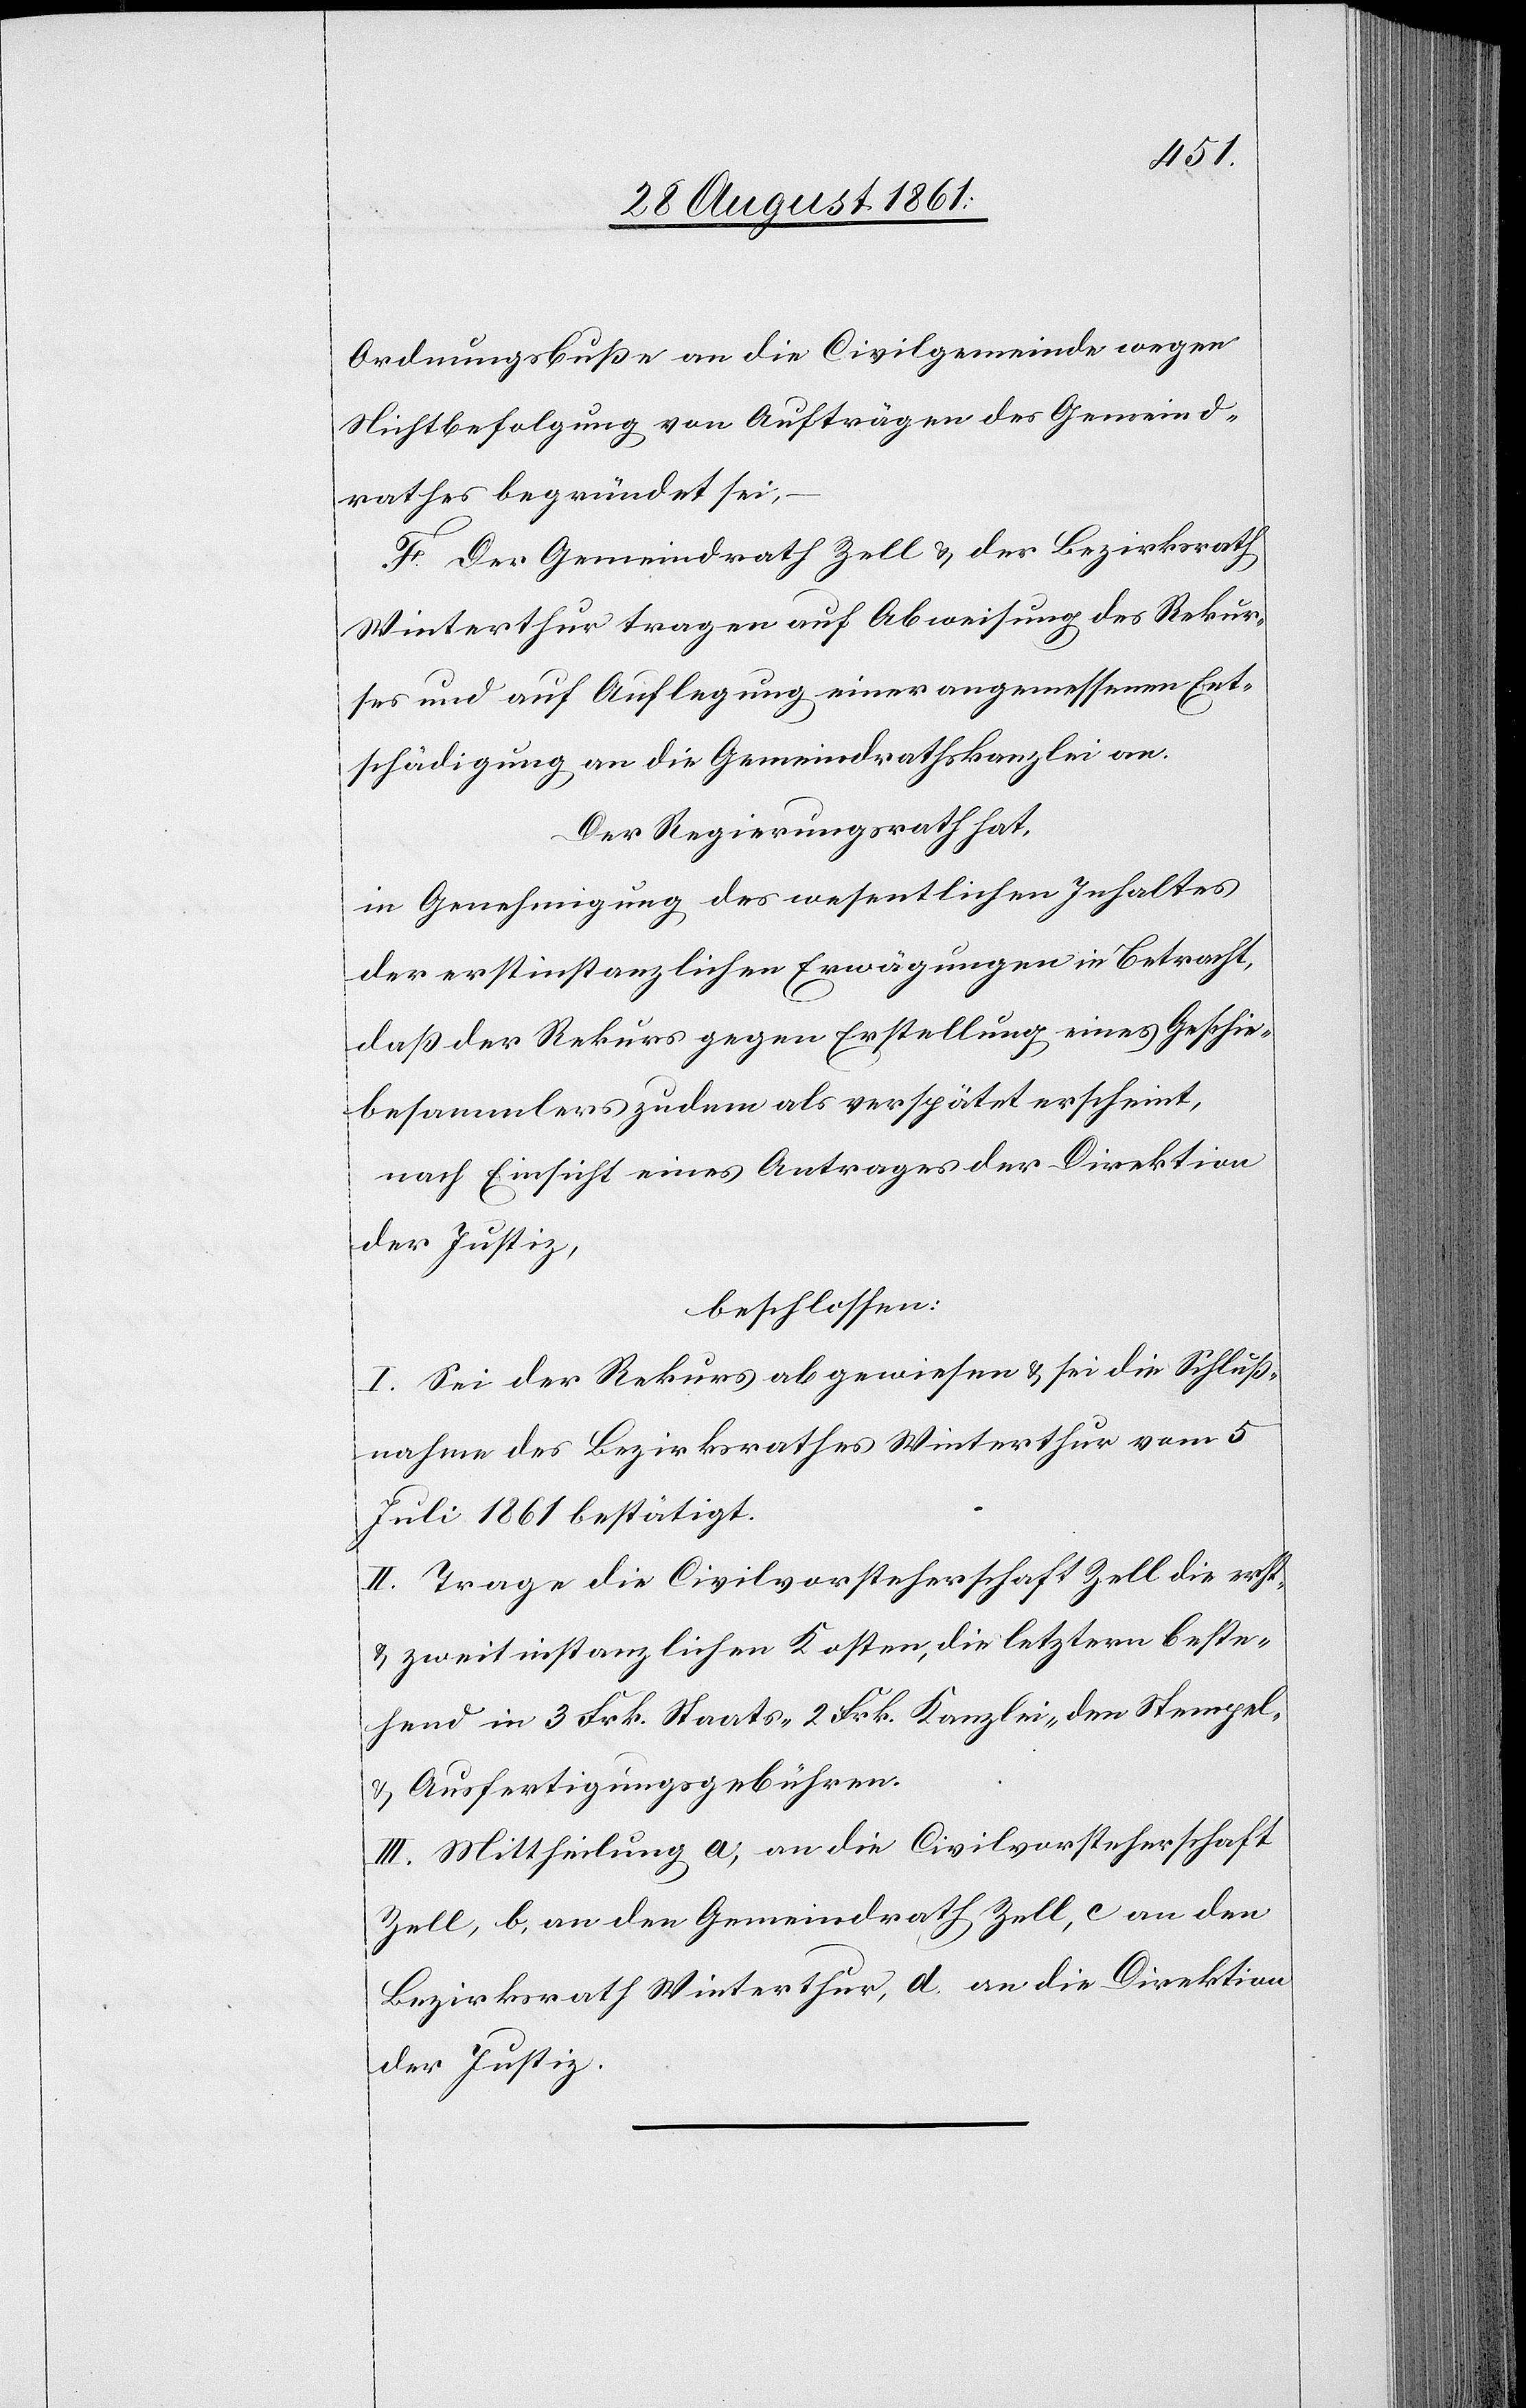
Ordnungsbuße an die Civilgemeinde wegen
Nichtbefolgung von Aufträgen des Gemeind¬
rathes begründet sei,
F. Der Gemeindrath Zell u. der Bezirksrath
Winterthur tragen auf Abweisung des Rekur¬
ses und auf Auflegung einer angemessenen Ent¬
schädigung an die Gemeindrathskanzlei an.
Der Regierungsrath hat,
in Genehmigung des wesentlichen Inhaltes
der erstinstanzlichen Erwägungen in Betracht,
daß der Rekurs gegen Erstellung eines Geschie¬
besammlers zudem als verspätet erscheint,
nach Einsicht eines Antrages der Direktion
der Justiz,
beschlossen:
I. Sei der Rekurs abgewiesen u. sei die Schluß¬
nahme des Bezirksrathes Winterthur vom 5
Juli 1861 bestätigt.
II. Trage die Civilvorsteherschaft Zell die erst-
u. zweitinstanzlichen Kosten, die letztern beste¬
hend in 3 Frk. Staats- 2 Frk. Kanzlei- den Stempel-
u. Ausfertigungsgebühren.
III. Mittheilung a, an die Civilvorsteherschaft
Zell, b, an den Gemeindrath Zell, c an den
Bezirksrath Winterthur, d. an die Direktion
der Justiz.